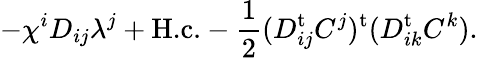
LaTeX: -\chi^{i}D_{ij}\lambda^{j}+\textrm{H.c.}-\frac{1}{2}(D_{ij}^{\mathrm{t}}C^{j})^{\mathrm{t}}(D_{ik}^{\mathrm{t}}C^{k}).